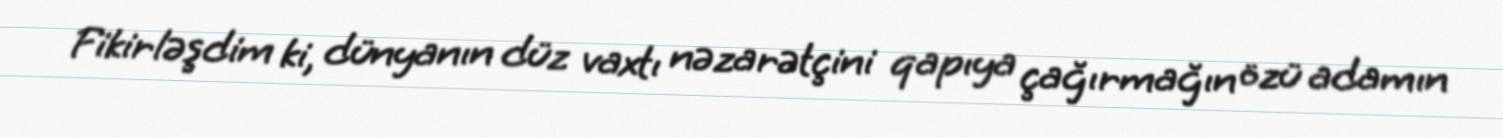
Fikirləşdim ki, dünyanın düz vaxtı nəzarətçini qapıya çağırmağın özü adamın